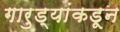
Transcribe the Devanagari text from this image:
गारुड्यांकडून